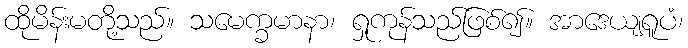
ထိုမိန်းမတို့သည်။ သမေက္ခမာနာ၊ ရှုကုန်သည်ဖြစ်၍။ အာဒေယျရူပံ၊